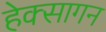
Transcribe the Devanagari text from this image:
हेक्सागन